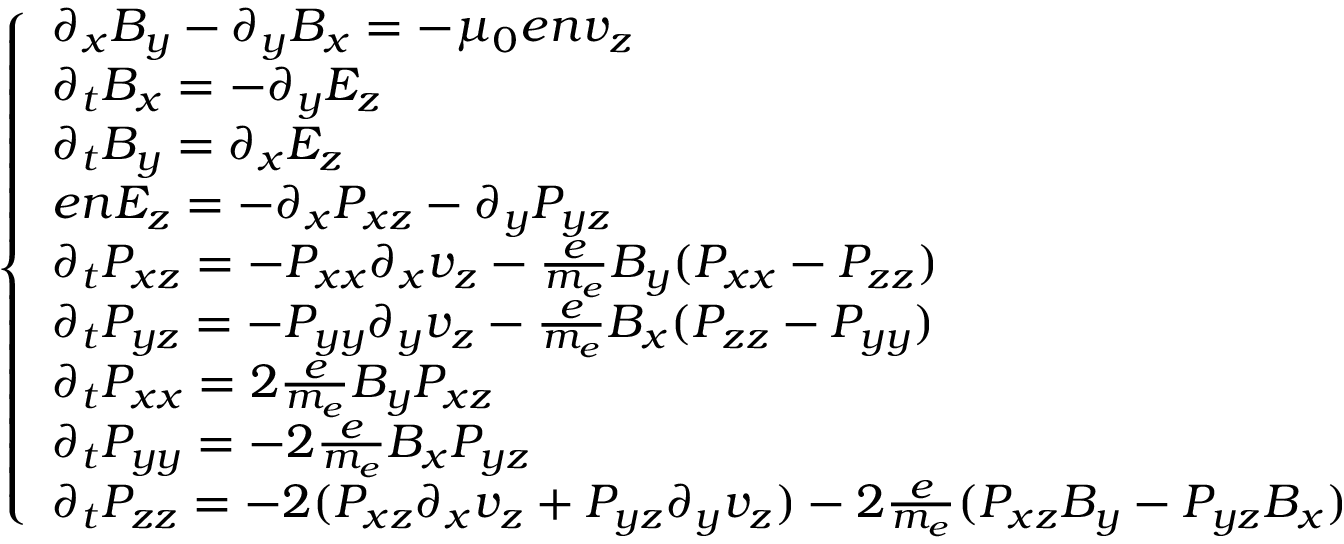
\begin{array} { r } { \left\{ \begin{array} { l l } { \partial _ { x } B _ { y } - \partial _ { y } B _ { x } = - \mu _ { 0 } e n v _ { z } } \\ { \partial _ { t } B _ { x } = - \partial _ { y } E _ { z } } \\ { \partial _ { t } B _ { y } = \partial _ { x } E _ { z } } \\ { e n E _ { z } = - \partial _ { x } P _ { x z } - \partial _ { y } P _ { y z } } \\ { \partial _ { t } P _ { x z } = - P _ { x x } \partial _ { x } v _ { z } - \frac { e } { m _ { e } } B _ { y } ( P _ { x x } - P _ { z z } ) } \\ { \partial _ { t } P _ { y z } = - P _ { y y } \partial _ { y } v _ { z } - \frac { e } { m _ { e } } B _ { x } ( P _ { z z } - P _ { y y } ) } \\ { \partial _ { t } P _ { x x } = 2 \frac { e } { m _ { e } } B _ { y } P _ { x z } } \\ { \partial _ { t } P _ { y y } = - 2 \frac { e } { m _ { e } } B _ { x } P _ { y z } } \\ { \partial _ { t } P _ { z z } = - 2 ( P _ { x z } \partial _ { x } v _ { z } + P _ { y z } \partial _ { y } v _ { z } ) - 2 \frac { e } { m _ { e } } ( P _ { x z } B _ { y } - P _ { y z } B _ { x } ) } \end{array} \right. } \end{array}